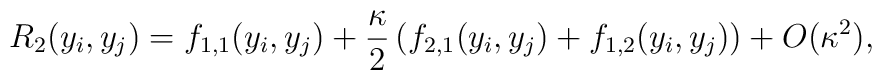
R_2(y_i,y_j) =  f_{1,1}(y_i,y_j)   + {\kappa\over 2} \left(f_{2,1}(y_i,y_j) +  f_{1,2}(y_i,y_j) \right)+ O(\kappa^2),